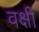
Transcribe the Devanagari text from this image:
वक्षी